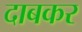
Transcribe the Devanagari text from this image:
दाबकर